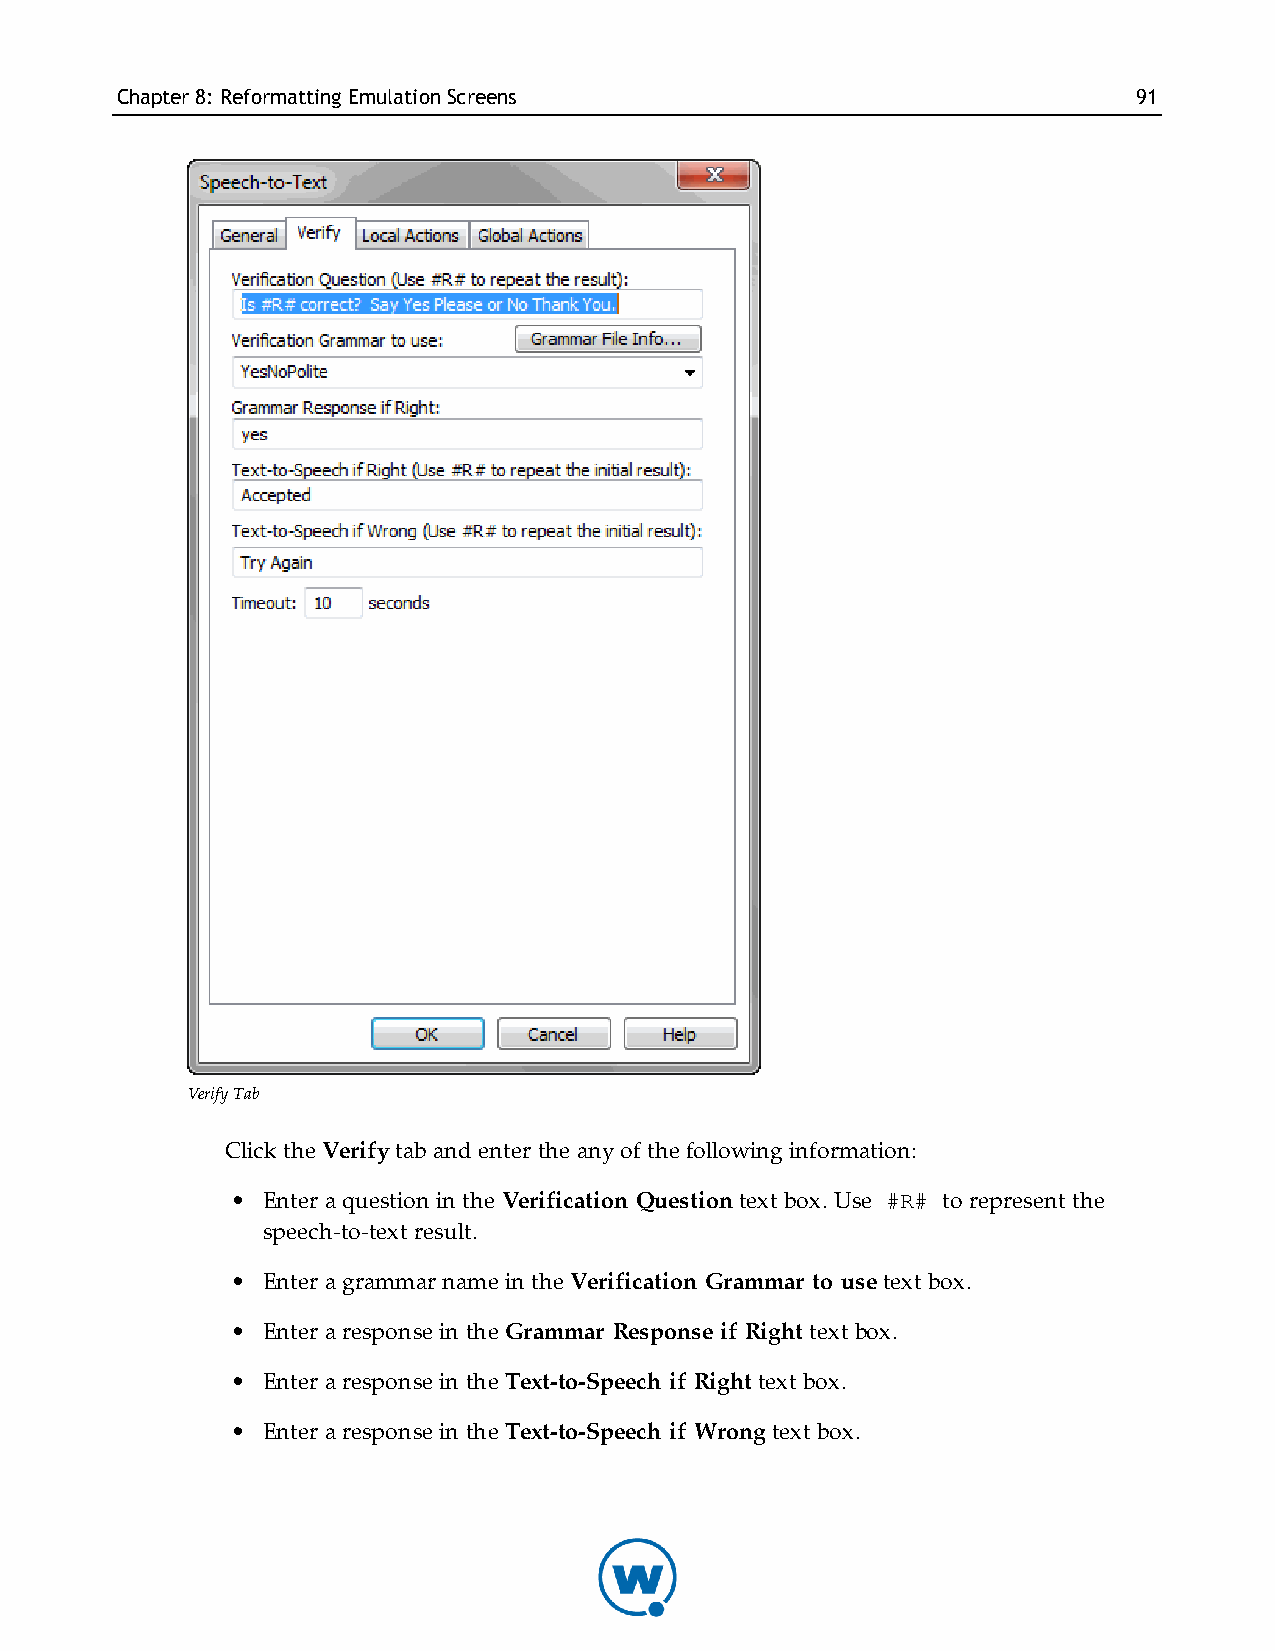
Chapter8: Reformatting EmulationScreens                            91
 Verify Tab
 Click the Verify tab and enter the any of the following information:
 • Enter a question in the Verification Question text box. Use #R# to represent the
 speech-to-text result.
 • Enter a grammar name in the Verification Grammar to use text box.
 • Enter a response in the Grammar Response if Right text box.
 • Enter a response in the Text-to-Speech if Right text box.
 • Enter a response in the Text-to-Speech if Wrong text box.